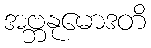
အဗ္ဘနုမောဒတိ